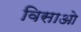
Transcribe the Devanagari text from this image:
विसाओ